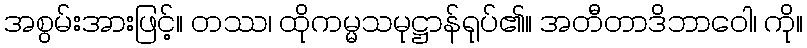
အစွမ်းအားဖြင့်။ တဿ၊ ထိုကမ္မသမုဋ္ဌာန်ရုပ်၏။ အတီတာဒိဘာဝေါ၊ ကို။